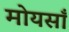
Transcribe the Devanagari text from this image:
मोयसाँ